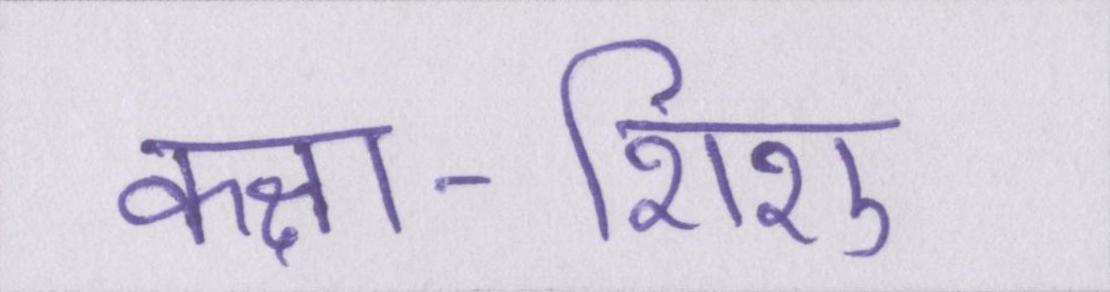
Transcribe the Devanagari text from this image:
कक्षा-शिशु